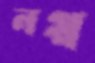
নপ্প